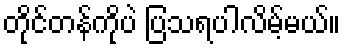
တိုင်တန်ကိုပဲ ပြသရပါလိမ့်မယ်။